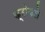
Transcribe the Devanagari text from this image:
क्रोवले